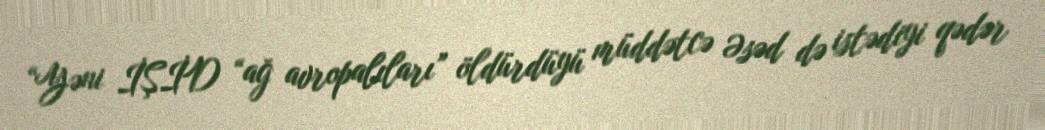
“Yəni İŞİD “ağ avropalıları” öldürdüyü müddətcə Əsəd də istədiyi qədər